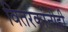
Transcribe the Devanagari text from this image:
वितरकांनीही